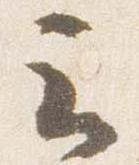
云